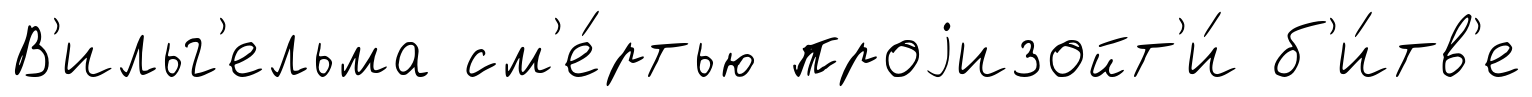
В'ильг'ельма см'е́ртью проjизойт'и́ б'и́тв'е